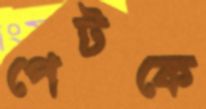
পেটকে